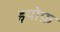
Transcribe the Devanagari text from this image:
इयोफ़